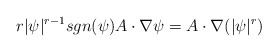
\begin{align*}r\vert \psi \vert^{r-1}sgn(\psi) A\cdot\nabla \psi =A \cdot\nabla(\vert\psi\vert^r)\end{align*}